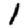
Digit: 1